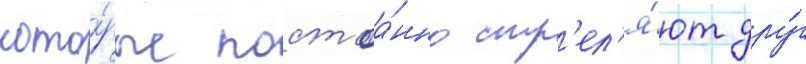
кото́рые постоа́нно стр'ел'я́ют дру́г